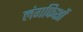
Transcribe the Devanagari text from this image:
लंगफिशों